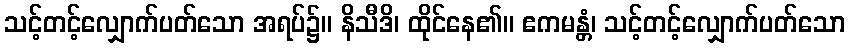
သင့်တင့်လျှောက်ပတ်သော အရပ်၌။ နိသီဒိ၊ ထိုင်နေ၏။ ဧကမန္တံ၊ သင့်တင့်လျှောက်ပတ်သော